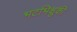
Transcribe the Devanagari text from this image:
भटभिक्षुकी